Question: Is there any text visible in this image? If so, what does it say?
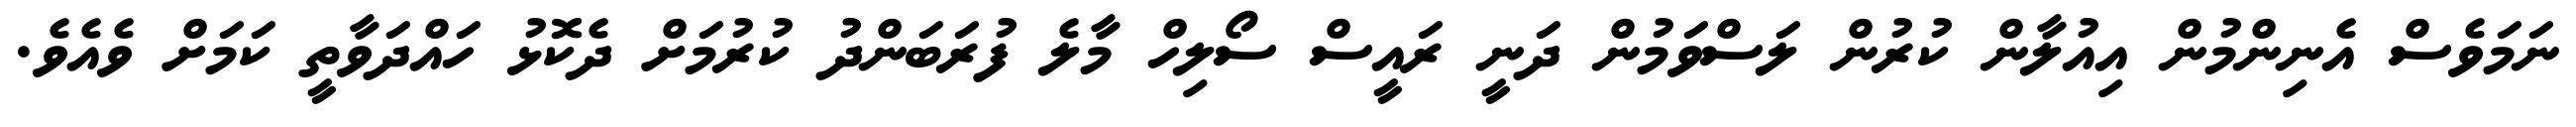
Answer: ނަމަވެސް އެނިންމުން އިއުލާން ކުރުން ލަސްވަމުން ދަނީ ރައީސް ސޯލިހް މާލެ ފުރަބަންދު ކުރުމަށް ދެކޮޅު ހައްދަވާތީ ކަމަށް ވެއެވެ.